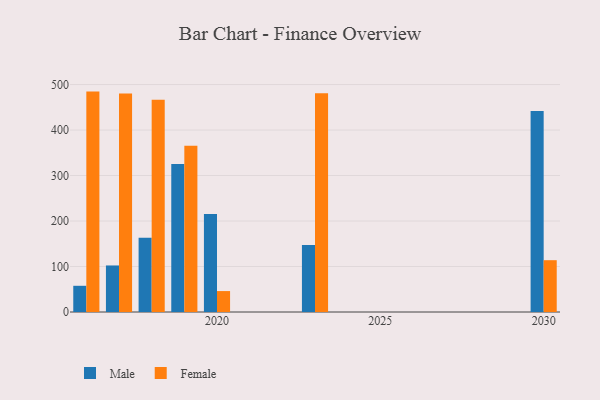
{"axis": {"x": "Year", "y": "Operating Costs (USD K)"}, "legend": ["Female", "Male"], "data": [{"x": "2019", "y": 325.6, "type": "Male"}, {"x": "2019", "y": 365.4, "type": "Female"}, {"x": "2018", "y": 163.2, "type": "Male"}, {"x": "2018", "y": 466.5, "type": "Female"}, {"x": "2023", "y": 147.4, "type": "Male"}, {"x": "2023", "y": 480.6, "type": "Female"}, {"x": "2020", "y": 215.7, "type": "Male"}, {"x": "2020", "y": 46.0, "type": "Female"}, {"x": "2016", "y": 57.6, "type": "Male"}, {"x": "2016", "y": 484.5, "type": "Female"}, {"x": "2017", "y": 102.3, "type": "Male"}, {"x": "2017", "y": 480.4, "type": "Female"}, {"x": "2030", "y": 441.6, "type": "Male"}, {"x": "2030", "y": 113.9, "type": "Female"}]}